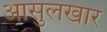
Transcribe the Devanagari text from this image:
आसुलखार